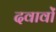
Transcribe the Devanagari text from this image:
दवावों